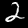
Digit: 2